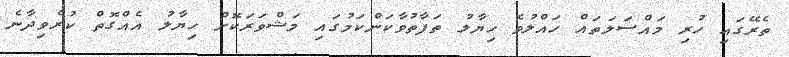
ތެރޭގައި ހުރި މައްސަލަތައް ހައްލުވެ ހިޔާލު ތަފާތުވާކަންކަމުގައި މަޝްވަރަކޮށް ހިޔާލު އެއްގޮތް ކުރެވިދާނެ